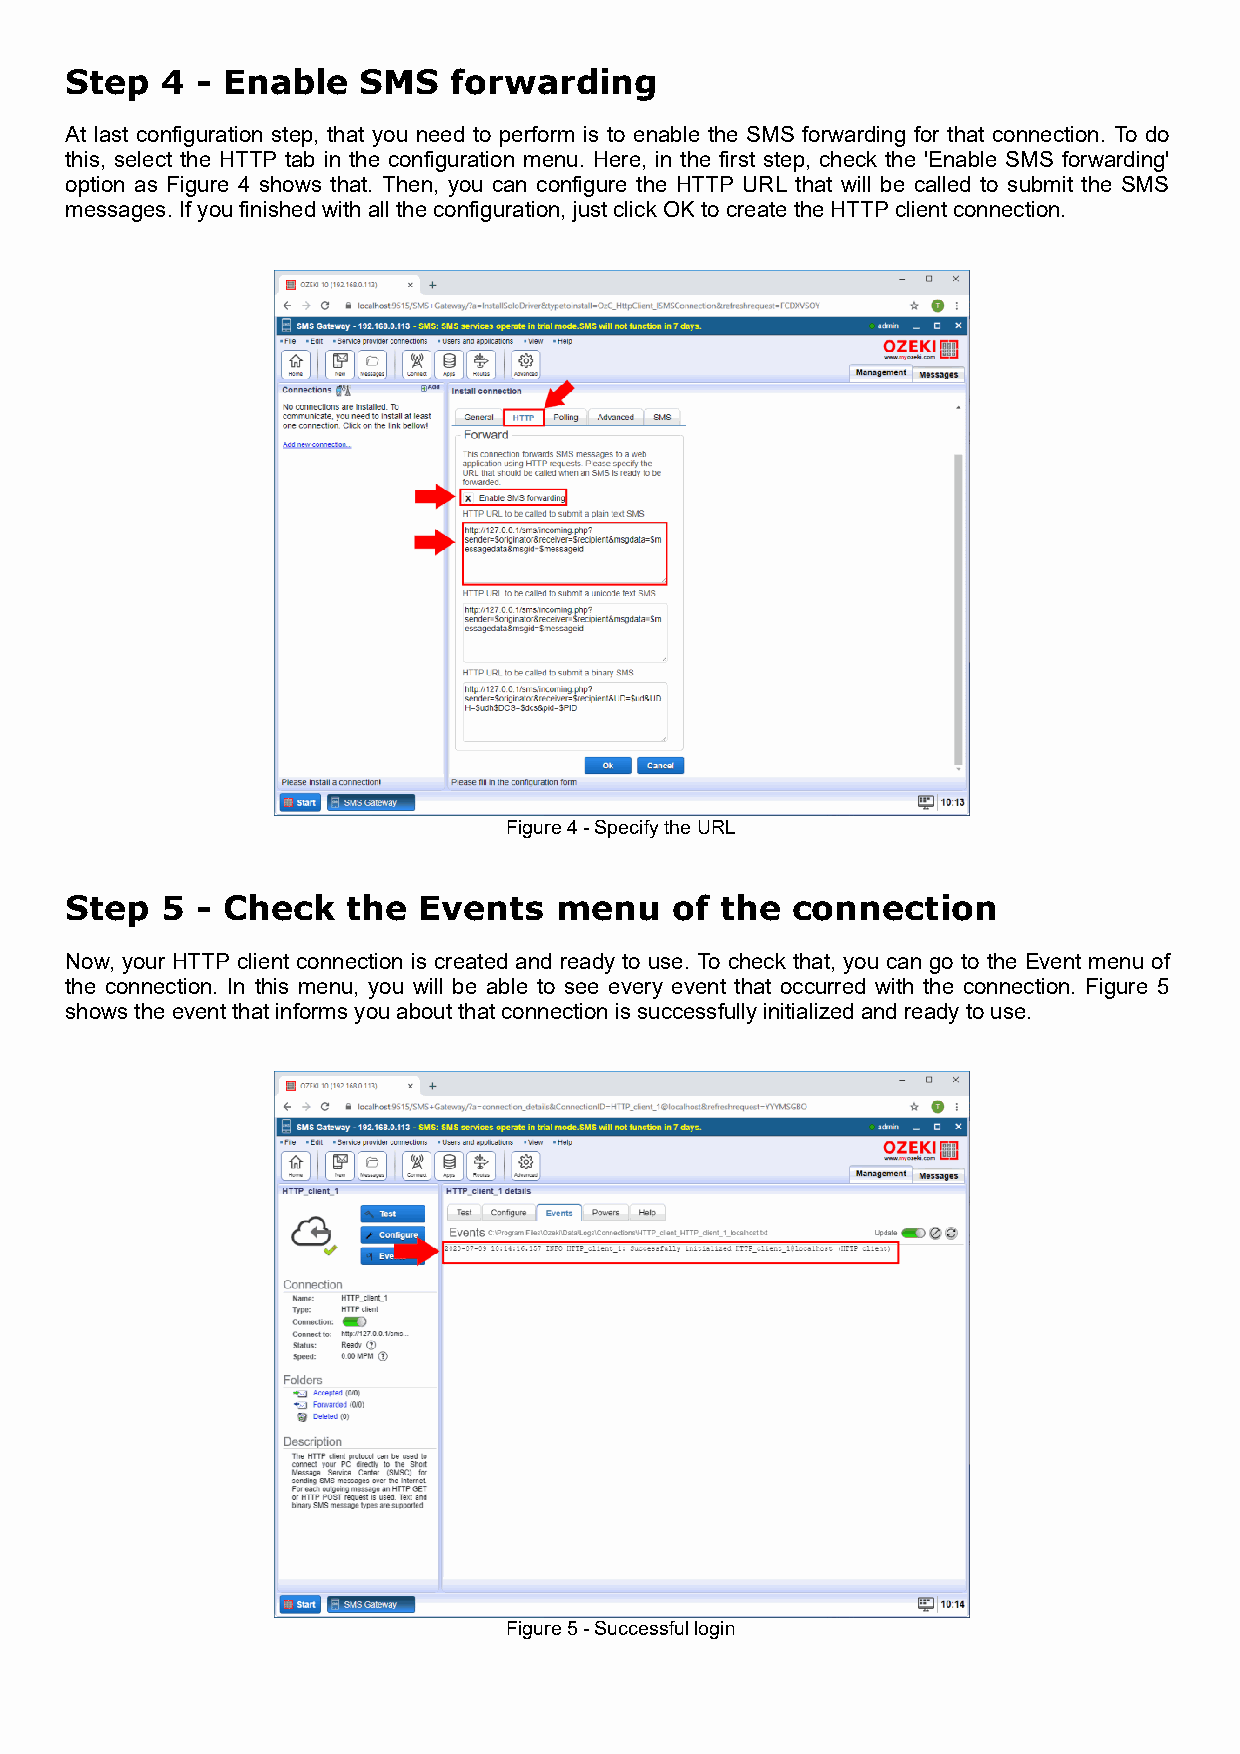
Step   4 - Enable   SMS   forwarding
 At last configuration step, that you need to perform is to enable the SMS forwarding for that connection. To do
 this, select the HTTP tab in the configuration menu. Here, in the first step, check the 'Enable SMS forwarding'
 option as Figure 4 shows that. Then, you can configure the HTTP URL that will be called to submit the SMS
 messages. If you finished with all the configuration, just click OK to create the HTTP client connection.
 Figure 4 - Specify the URL
 Step   5 - Check   the  Events   menu    of the  connection
 Now, your HTTP client connection is created and ready to use. To check that, you can go to the Event menu of
 the connection. In this menu, you will be able to see every event that occurred with the connection. Figure 5
 shows the event that informs you about that connection is successfully initialized and ready to use.
 Figure 5 - Successful login